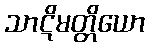
သာဋိမတ္တိယော